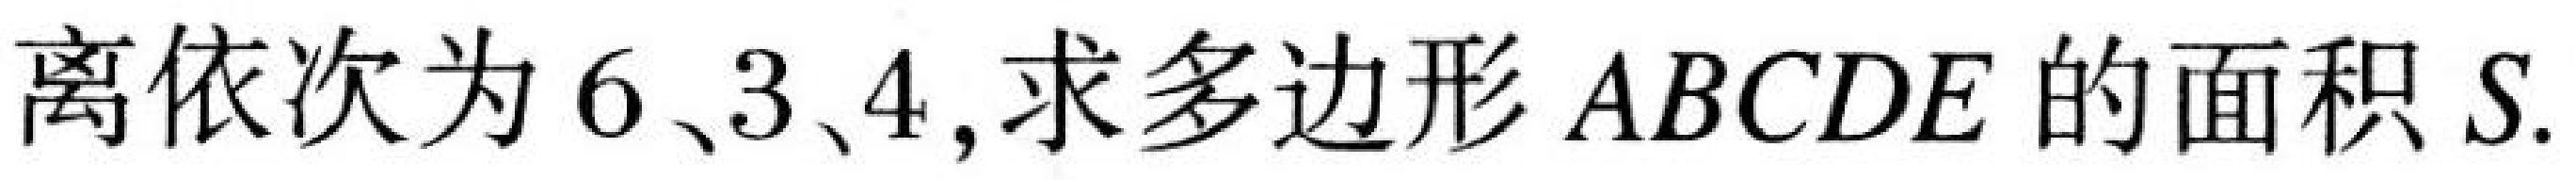
离依次为 \(6\)、\(3\)、\(4\),求多边形 \(ABCDE\) 的面积 \(S\).